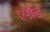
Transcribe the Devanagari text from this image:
एग्रेट